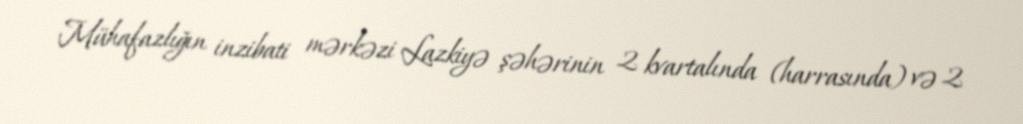
Mühafazlığın inzibati mərkəzi Lazkiyə şəhərinin 2 kvartalında (harrasında) və 2